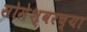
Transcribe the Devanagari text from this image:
सोमेश्वरच्या